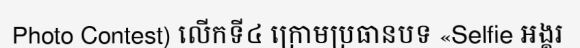
Photo Contest) លើកទី៤ ក្រោមប្រធានបទ «Selfie អង្គរ